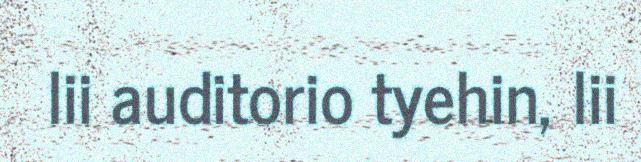
lii auditorio tyehin, lii